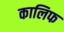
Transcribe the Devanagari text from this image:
कालिफ